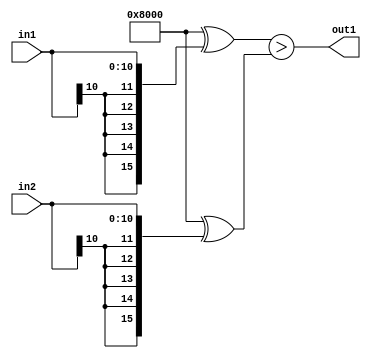
`timescale 1ps / 1ps
/*****************************************************************************
    Verilog RTL Description
    
    
    Created by: Stratus DpOpt 2019.1.01 
*******************************************************************************/

module SobelFilter_LessThan_11Sx11S_1U_1 (
	in2,
	in1,
	out1
	); /* architecture "behavioural" */ 
input [10:0] in2,
	in1;
output  out1;
wire  asc001;

assign asc001 = ((16'B1000000000000000 ^ {{5{in1[10]}}, in1})>(16'B1000000000000000 ^ {{5{in2[10]}},
    in2}));

assign out1 = asc001;
endmodule

/* CADENCE  ubfzTQ0= : u9/ySgnWtBlWxVPRXgAZ4Og= ** DO NOT EDIT THIS LINE ******/